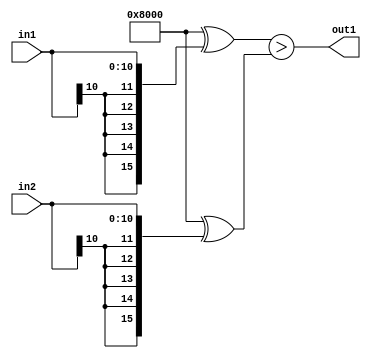
`timescale 1ps / 1ps
/*****************************************************************************
    Verilog RTL Description
    
    
    Created by: Stratus DpOpt 2019.1.01 
*******************************************************************************/

module SobelFilter_LessThan_11Sx11S_1U_1 (
	in2,
	in1,
	out1
	); /* architecture "behavioural" */ 
input [10:0] in2,
	in1;
output  out1;
wire  asc001;

assign asc001 = ((16'B1000000000000000 ^ {{5{in1[10]}}, in1})>(16'B1000000000000000 ^ {{5{in2[10]}},
    in2}));

assign out1 = asc001;
endmodule

/* CADENCE  ubfzTQ0= : u9/ySgnWtBlWxVPRXgAZ4Og= ** DO NOT EDIT THIS LINE ******/